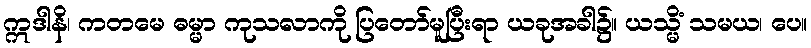
ဣဒါနိ၊ ကတမေ ဓမ္မာ ကုသလာကို ပြတော်မူပြီးရာ ယခုအခါ၌။ ယသ္မိံ သမယ၊ ပေ။